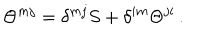
\Theta ^ { m j } = \delta ^ { m j } S + \delta ^ { i m } \Theta ^ { j i } \, .